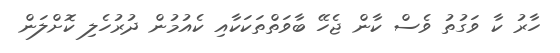
ހާރު ކާ ވަގުތު ވެސް ކާން ޖެހޭ ބާވަތްތަކަކާއި ކެއުމުން ދުރުހެލި ކޮށްލަން